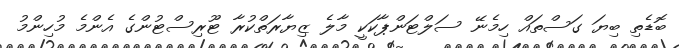
ބޮޑެތި ބިޔަ ގަސްތައް ހިމެނޭ ސަލްޓަންޕާކަކީ މާލެ ޒިޔާރަތްކުރާ ޓޫރިސްޓުންގެ އެންމެ މުހިންމު